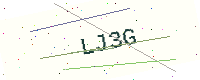
Text: LJ3G